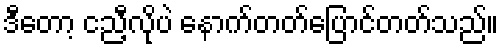
ဒီတော့ ငညီ့လိုပဲ နောက်တတ်ပြောင်တတ်သည်။